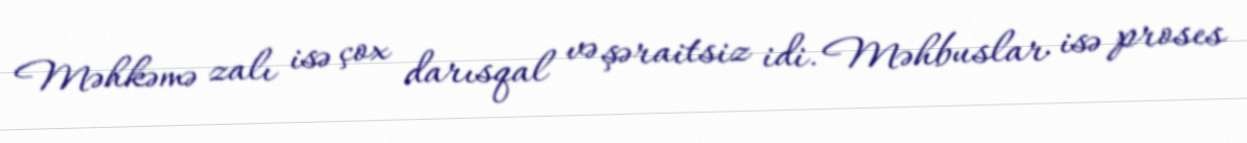
Məhkəmə zalı isə çox darısqal və şəraitsiz idi. Məhbuslar isə proses